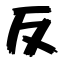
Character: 反